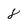
Character: 8